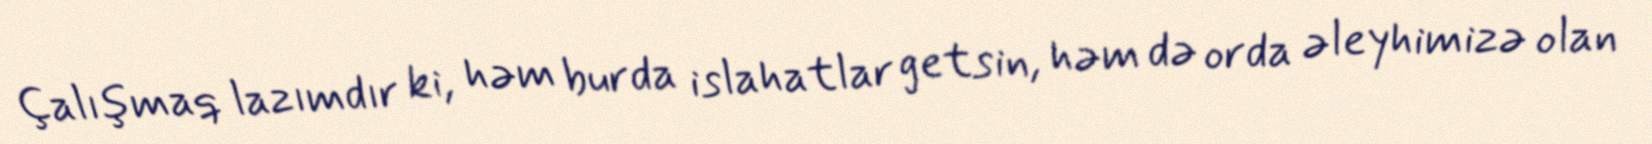
Çalışmaq lazımdır ki, həm burda islahatlar getsin, həm də orda əleyhimizə olan